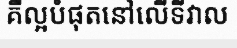
គឺល្អបំផុតនៅលើទីវាល